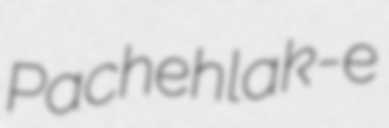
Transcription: Pachehlak-e